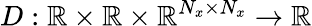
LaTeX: D:\mathbb{R}\times\mathbb{R}\times\mathbb{R}^{N_{x}\times N_{x}}\to\mathbb{R}